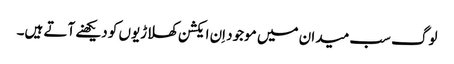
لوگ سب میدان میں موجود اِن ایکشن کھلاڑیوں کو دیکھنے آتے ہیں۔